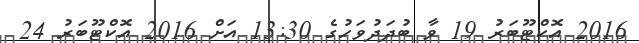
2016 އޮކްޓޫބަރު 19 ވާ ބުދަދުވަހުގެ 13:30 އަށް 2016 އޮކްޓޫބަރު 24